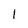
Character: l